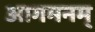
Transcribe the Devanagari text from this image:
आगमनम्